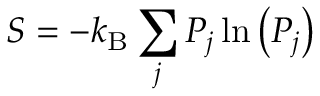
S = - k _ { \mathrm { B } } \sum _ { j } P _ { j } \ln \left( P _ { j } \right)